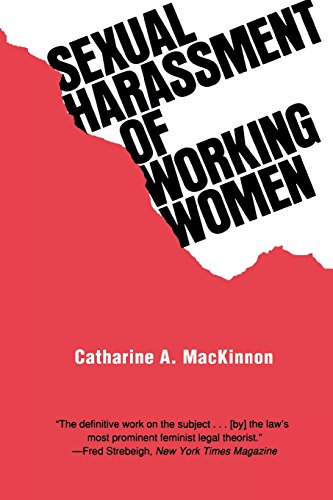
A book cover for Sexual Harassment of Working Women: A Case of Sex Discrimination (Yale Fastback Series); Catharine A. MacKinnon; Law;